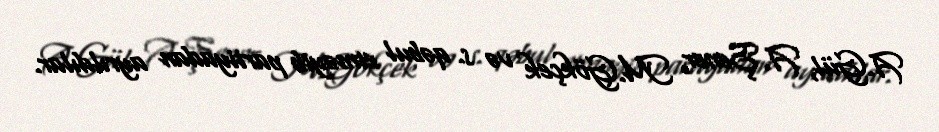
A.Gül, A.Şener, M.Gökçek və s. qəbul etməyib partiyadan ayrıldılar.